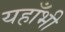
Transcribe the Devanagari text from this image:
यहाँभी